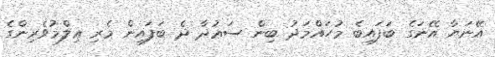
އޭނަޔާ އޭނަގެ ބަފައިބެ މުޙައްމަދު ބިން ސަޢުދާ ދެ ބަފައިން މެރި ޢިލްމުވެރިންގެ